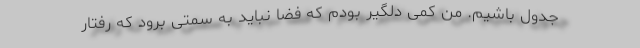
جدول باشیم. من کمی دلگیر بودم که فضا نباید به سمتی برود که رفتار